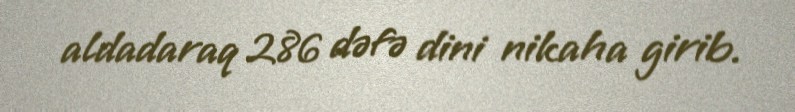
aldadaraq 286 dəfə dini nikaha girib.